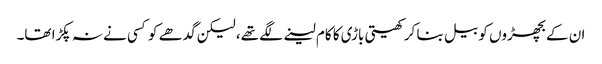
ان کے بچھڑوں کو بیل بنا کر کھیتی باڑی کا کام لینے لگے تھے، لیکن گدھے کو کسی نے نہ پکڑا تھا۔